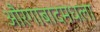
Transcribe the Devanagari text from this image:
औरंगाबादमधला